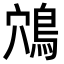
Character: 鴪